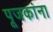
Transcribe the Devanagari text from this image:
पूजकांना